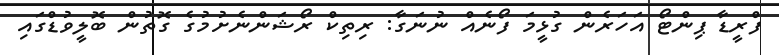
ފްރީޑާ ޕިންޓޯ އަހަރެން ގުޅީމަ ފޯނެއް ނުނަގާ: ރިތިކް ރޯޝަންނެށުމުގެ ގޮތުން ބޮލީވުޑްގައި